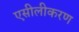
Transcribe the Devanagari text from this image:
एसीलीकरण